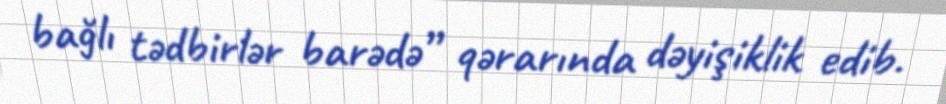
bağlı tədbirlər barədə” qərarında dəyişiklik edib.